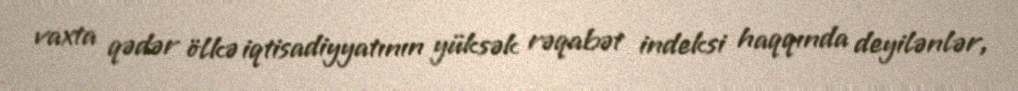
vaxta qədər ölkə iqtisadiyyatının yüksək rəqabət indeksi haqqında deyilənlər,